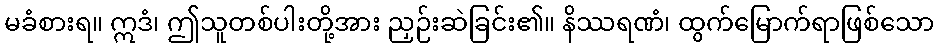
မခံစားရ။ ဣဒံ၊ ဤသူတစ်ပါးတို့အား ညှဉ်းဆဲခြင်း၏။ နိဿရဏံ၊ ထွက်မြောက်ရာဖြစ်သော